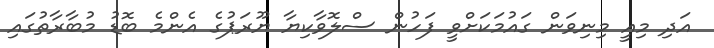
އަދި މިއީ މިނިވަން ގައުމަކަށްވީ ފަހުން ސްލޮވާކިޔާ ޔޫރަޕުގެ އެންމެ ބޮޑު މުބާރާތުގައި